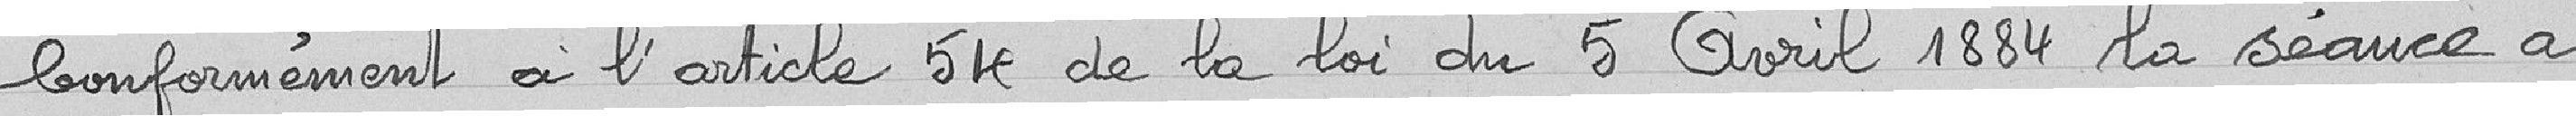
Conformément à l'article 24 de la loi du 5 avril 1884 la séance a